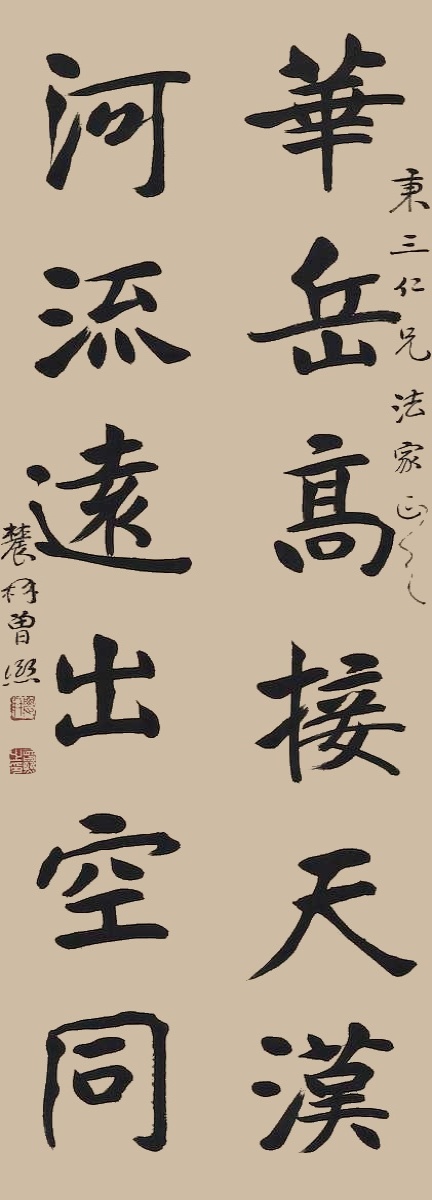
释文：华岳高接天汉，河流远出空同。秉三仁兄法家正之，农髯曾熙。